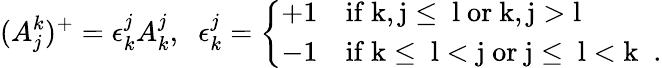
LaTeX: (A_{j}^{k})^{+}=\epsilon_{k}^{j}A_{k}^{j},\; \; \epsilon_{k}^{j}=\left\{ \begin{array}{ll}{{+1}}&{{\mathrm{if~k,j\leq~l~or~k,j>l~}}}\\ {{-1}}&{{\mathrm{if~k\leq~l<j~or~j\leq~l<k~}\; .}}\end{array}\right.